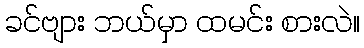
ခင်ဗျား ဘယ်မှာ ထမင်း စားလဲ။